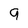
Character: 9